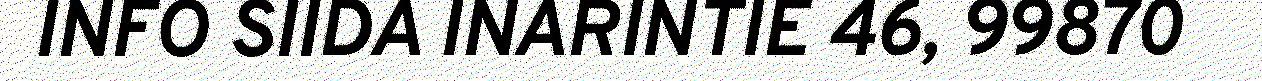
INFO SIIDA INARINTIE 46, 99870